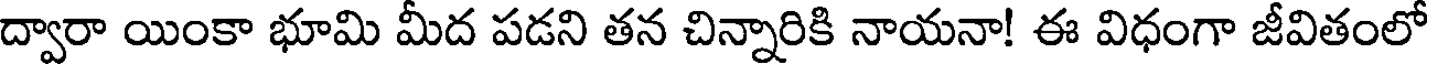
ద్వారా యింకా భూమి మీద పడని తన చిన్నారికి నాయనా! ఈ విధంగా జీవితంలో